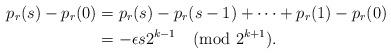
LaTeX: \begin{align*}p_r(s)-p_r(0)&=p_r(s)-p_r(s-1)+\cdots+p_r(1)-p_r(0)\\&=-\epsilon s 2^{k-1}\pmod{2^{k+1}}.\end{align*}